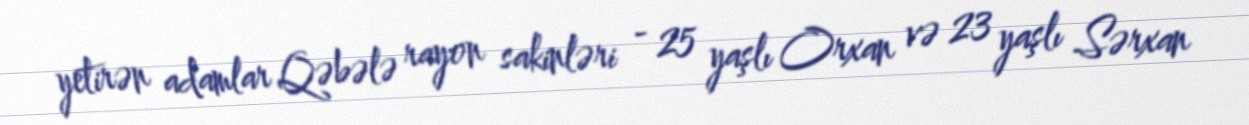
yetirən adamlar Qəbələ rayon sakinləri - 25 yaşlı Orxan və 23 yaşlı Sərxan